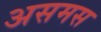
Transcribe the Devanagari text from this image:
असमस